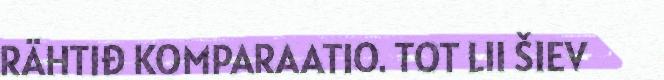
RÄHTIĐ KOMPARAATIO. TOT LII ŠIEV